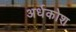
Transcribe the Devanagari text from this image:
अर्धकोश